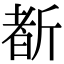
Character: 斱